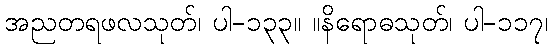
အညတရဖလသုတ်၊ ပါ-၁၃၃။ ။နိရောဓသုတ်၊ ပါ-၁၁၇၊